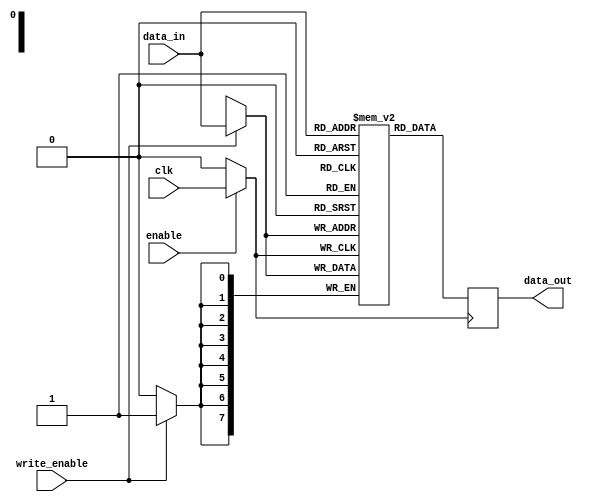
module memory_block (
    input wire clk,          // Original clock signal
    input wire enable,       // Enable signal to control clock gating
    input wire [7:0] data_in, // Data input for the memory
    input wire write_enable,  // Write enable signal
    output reg [7:0] data_out // Data output from the memory
);

    reg [7:0] memory [0:255]; // Simple memory array (256 x 8 bits)

    // Clock gating logic
    wire gated_clk;
    assign gated_clk = enable ? clk : 1'b0; // Gated clock signal

    always @(posedge gated_clk) begin
        if (write_enable) begin
            memory[data_in[7:0]] <= data_in; // Write data to memory
        end
        data_out <= memory[data_in[7:0]]; // Read data from memory
    end

endmodule